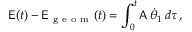
\mathsf { E } ( t ) - \mathsf { E } _ { \mathrm { ~ g ~ e ~ o ~ m ~ } } ( t ) = \int _ { 0 } ^ { t } \mathsf { A } \, \dot { \theta } _ { 1 } \, d \tau \, ,